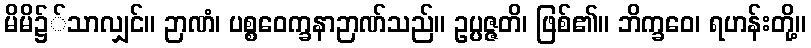
မိမိ၌်သာလျှင်။ ဉာဏံ၊ ပစ္စဝေက္ခနာဉာဏ်သည်။ ဥပ္ပဇ္ဇတိ၊ ဖြစ်၏။ ဘိက္ခဝေ၊ ရဟန်းတို့။